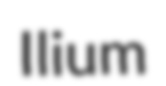
Ilium